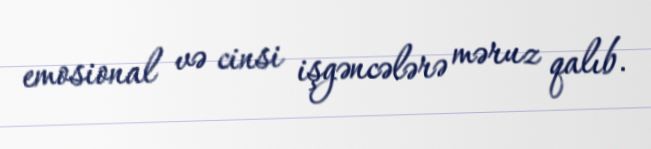
emosional və cinsi işgəncələrə məruz qalıb.